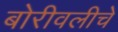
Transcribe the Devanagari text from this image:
बोरीवलीचे